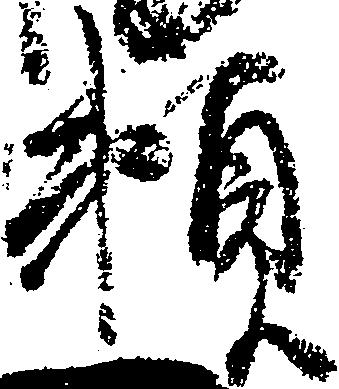
頼